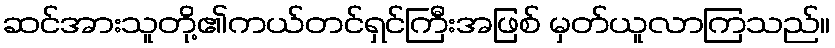
ဆင်အားသူတို့၏ကယ်တင်ရှင်ကြီးအဖြစ် မှတ်ယူလာကြသည်။